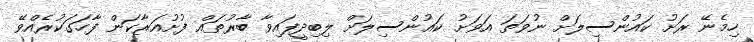
ހިމެނޭ ރަށު ކައުންސިލަށް ނުވަތަ އަވަށު ކައުންސިލަށް ލިބިދީފައިވާ ބާރުތައް ފުށުއަރާކަން ފާހަގަކުރެއްވޭ